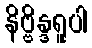
နိဗ္ဗိန္ဒရူပါ